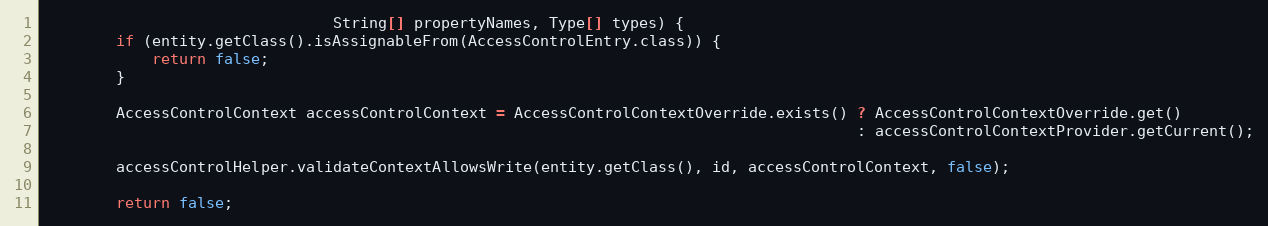
Language: Java
                                String[] propertyNames, Type[] types) {
        if (entity.getClass().isAssignableFrom(AccessControlEntry.class)) {
            return false;
        }

        AccessControlContext accessControlContext = AccessControlContextOverride.exists() ? AccessControlContextOverride.get()
                                                                                          : accessControlContextProvider.getCurrent();

        accessControlHelper.validateContextAllowsWrite(entity.getClass(), id, accessControlContext, false);

        return false;